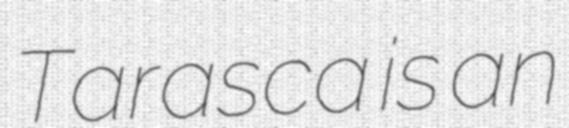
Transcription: Tarasca is an